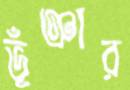
ভূঁঞার